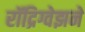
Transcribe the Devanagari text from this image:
रॉद्रिग्वेझने